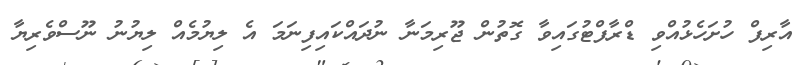
އާރިފް ހުށަހެޅުއްވި ޑްރާފްޓުގައިވާ ގޮތުން ޖޫރިމަނާ ނުދައްކައިފިނަމަ އެ ލިޔުމެއް ލިޔުނު ނޫސްވެރިޔާ